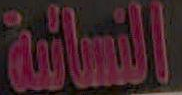
النسائية